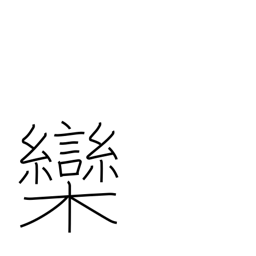
Meaning: chinaberry tree